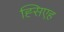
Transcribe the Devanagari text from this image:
ह्सिएह